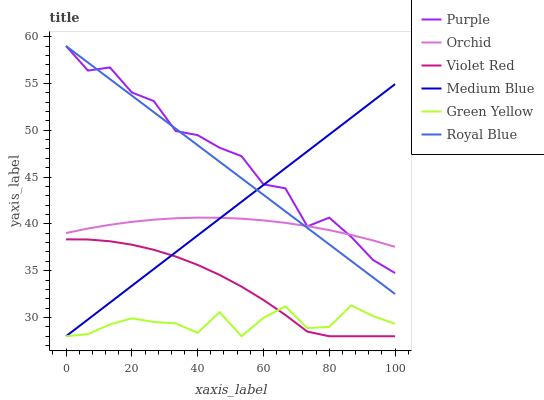
| xaxis_label | Purple | Orchid | Violet Red | Medium Blue | Green Yellow | Royal Blue |
 | --- | --- | --- | --- | --- | --- | --- |
 | 0 | 59 | 39 | 38.3 | 28 | 28 | 59 |
 | 6.67 | 56.4 | 39.5 | 38.3 | 29.8 | 28.2 | 57.2 |
 | 13.3 | 56.7 | 39.9 | 38.1 | 31.6 | 29.3 | 55.5 |
 | 20 | 54 | 40.2 | 37.8 | 33.4 | 29.9 | 53.7 |
 | 26.7 | 53.1 | 40.5 | 37.2 | 35.2 | 29.5 | 51.9 |
 | 33.3 | 49.9 | 40.6 | 36.5 | 37 | 29.4 | 50.2 |
 | 40 | 49.5 | 40.7 | 35.6 | 38.8 | 28.4 | 48.4 |
 | 46.7 | 48.1 | 40.7 | 34.5 | 40.6 | 30.6 | 46.6 |
 | 53.3 | 47.2 | 40.6 | 33.3 | 42.4 | 28 | 44.9 |
 | 60 | 44.2 | 40.4 | 31.9 | 44.2 | 30 | 43.1 |
 | 66.7 | 43.8 | 40.1 | 30.3 | 46 | 31.2 | 41.3 |
 | 73.3 | 39.7 | 39.8 | 28.5 | 47.7 | 28.9 | 39.6 |
 | 80 | 40.7 | 39.3 | 28 | 49.5 | 29 | 37.8 |
 | 86.7 | 38.6 | 38.8 | 28 | 51.3 | 31.3 | 36 |
 | 93.3 | 36.1 | 38.2 | 28 | 53.1 | 30.2 | 34.3 |
 | 100 | 34.8 | 37.6 | 28 | 54.9 | 29.3 | 32.5 |